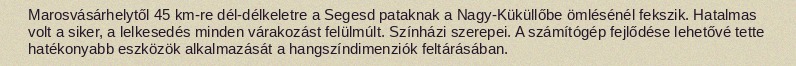
Marosvásárhelytől 45 km-re dél-délkeletre a Segesd pataknak a Nagy-Küküllőbe ömlésénél fekszik. Hatalmas volt a siker, a lelkesedés minden várakozást felülmúlt. Színházi szerepei. A számítógép fejlődése lehetővé tette hatékonyabb eszközök alkalmazását a hangszíndimenziók feltárásában.